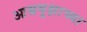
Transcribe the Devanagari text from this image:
आम्रवृक्षाच्या